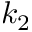
k _ { 2 }